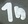
Text: 1n